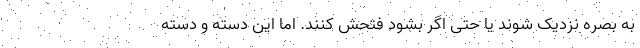
به بصره نزدیک شوند یا حتی اگر بشود فتحش کنند. اما این دسته و دسته